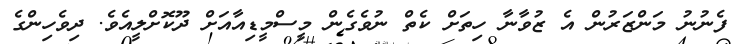
ފެނުނު މަންޒަރުން އެ ޒުވާނާ ހިތަށް ކެތް ނުވެގެން މީސްމީޑިއާއަށް ދޫކޮށްލީއެވެ. ދިވެހިންގެ